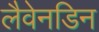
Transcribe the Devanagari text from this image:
लैवेनडिन